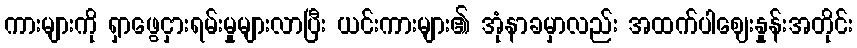
ကားများကို ရှာဖွေငှားရမ်းမှုများလာပြီး ယင်းကားများ၏ အုံနာခမှာလည်း အထက်ပါဈေးနှုန်းအတိုင်း